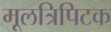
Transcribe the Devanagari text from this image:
मूलत्रिपिटक